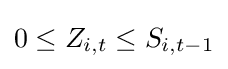
0\leq Z_{i,t}\leq S_{i,t-1}